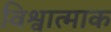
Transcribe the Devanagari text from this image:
विश्वात्माक